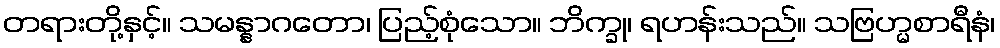
တရားတို့နှင့်။ သမန္နာဂတော၊ ပြည့်စုံသော။ ဘိက္ခု၊ ရဟန်းသည်။ သဗြဟ္မစာရီနံ၊